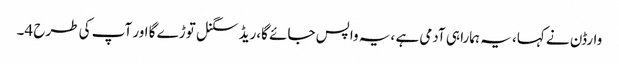
وارڈن نے کہا، یہ ہمارا ہی آدمی ہے ،یہ واپس جائے گا،ریڈ سگنل توڑے گا اور آپ کی طرح 4۔